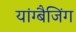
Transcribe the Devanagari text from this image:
यांग्बैजिंग